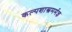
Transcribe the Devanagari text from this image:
कल्पशास्त्रमर्मज्ञ